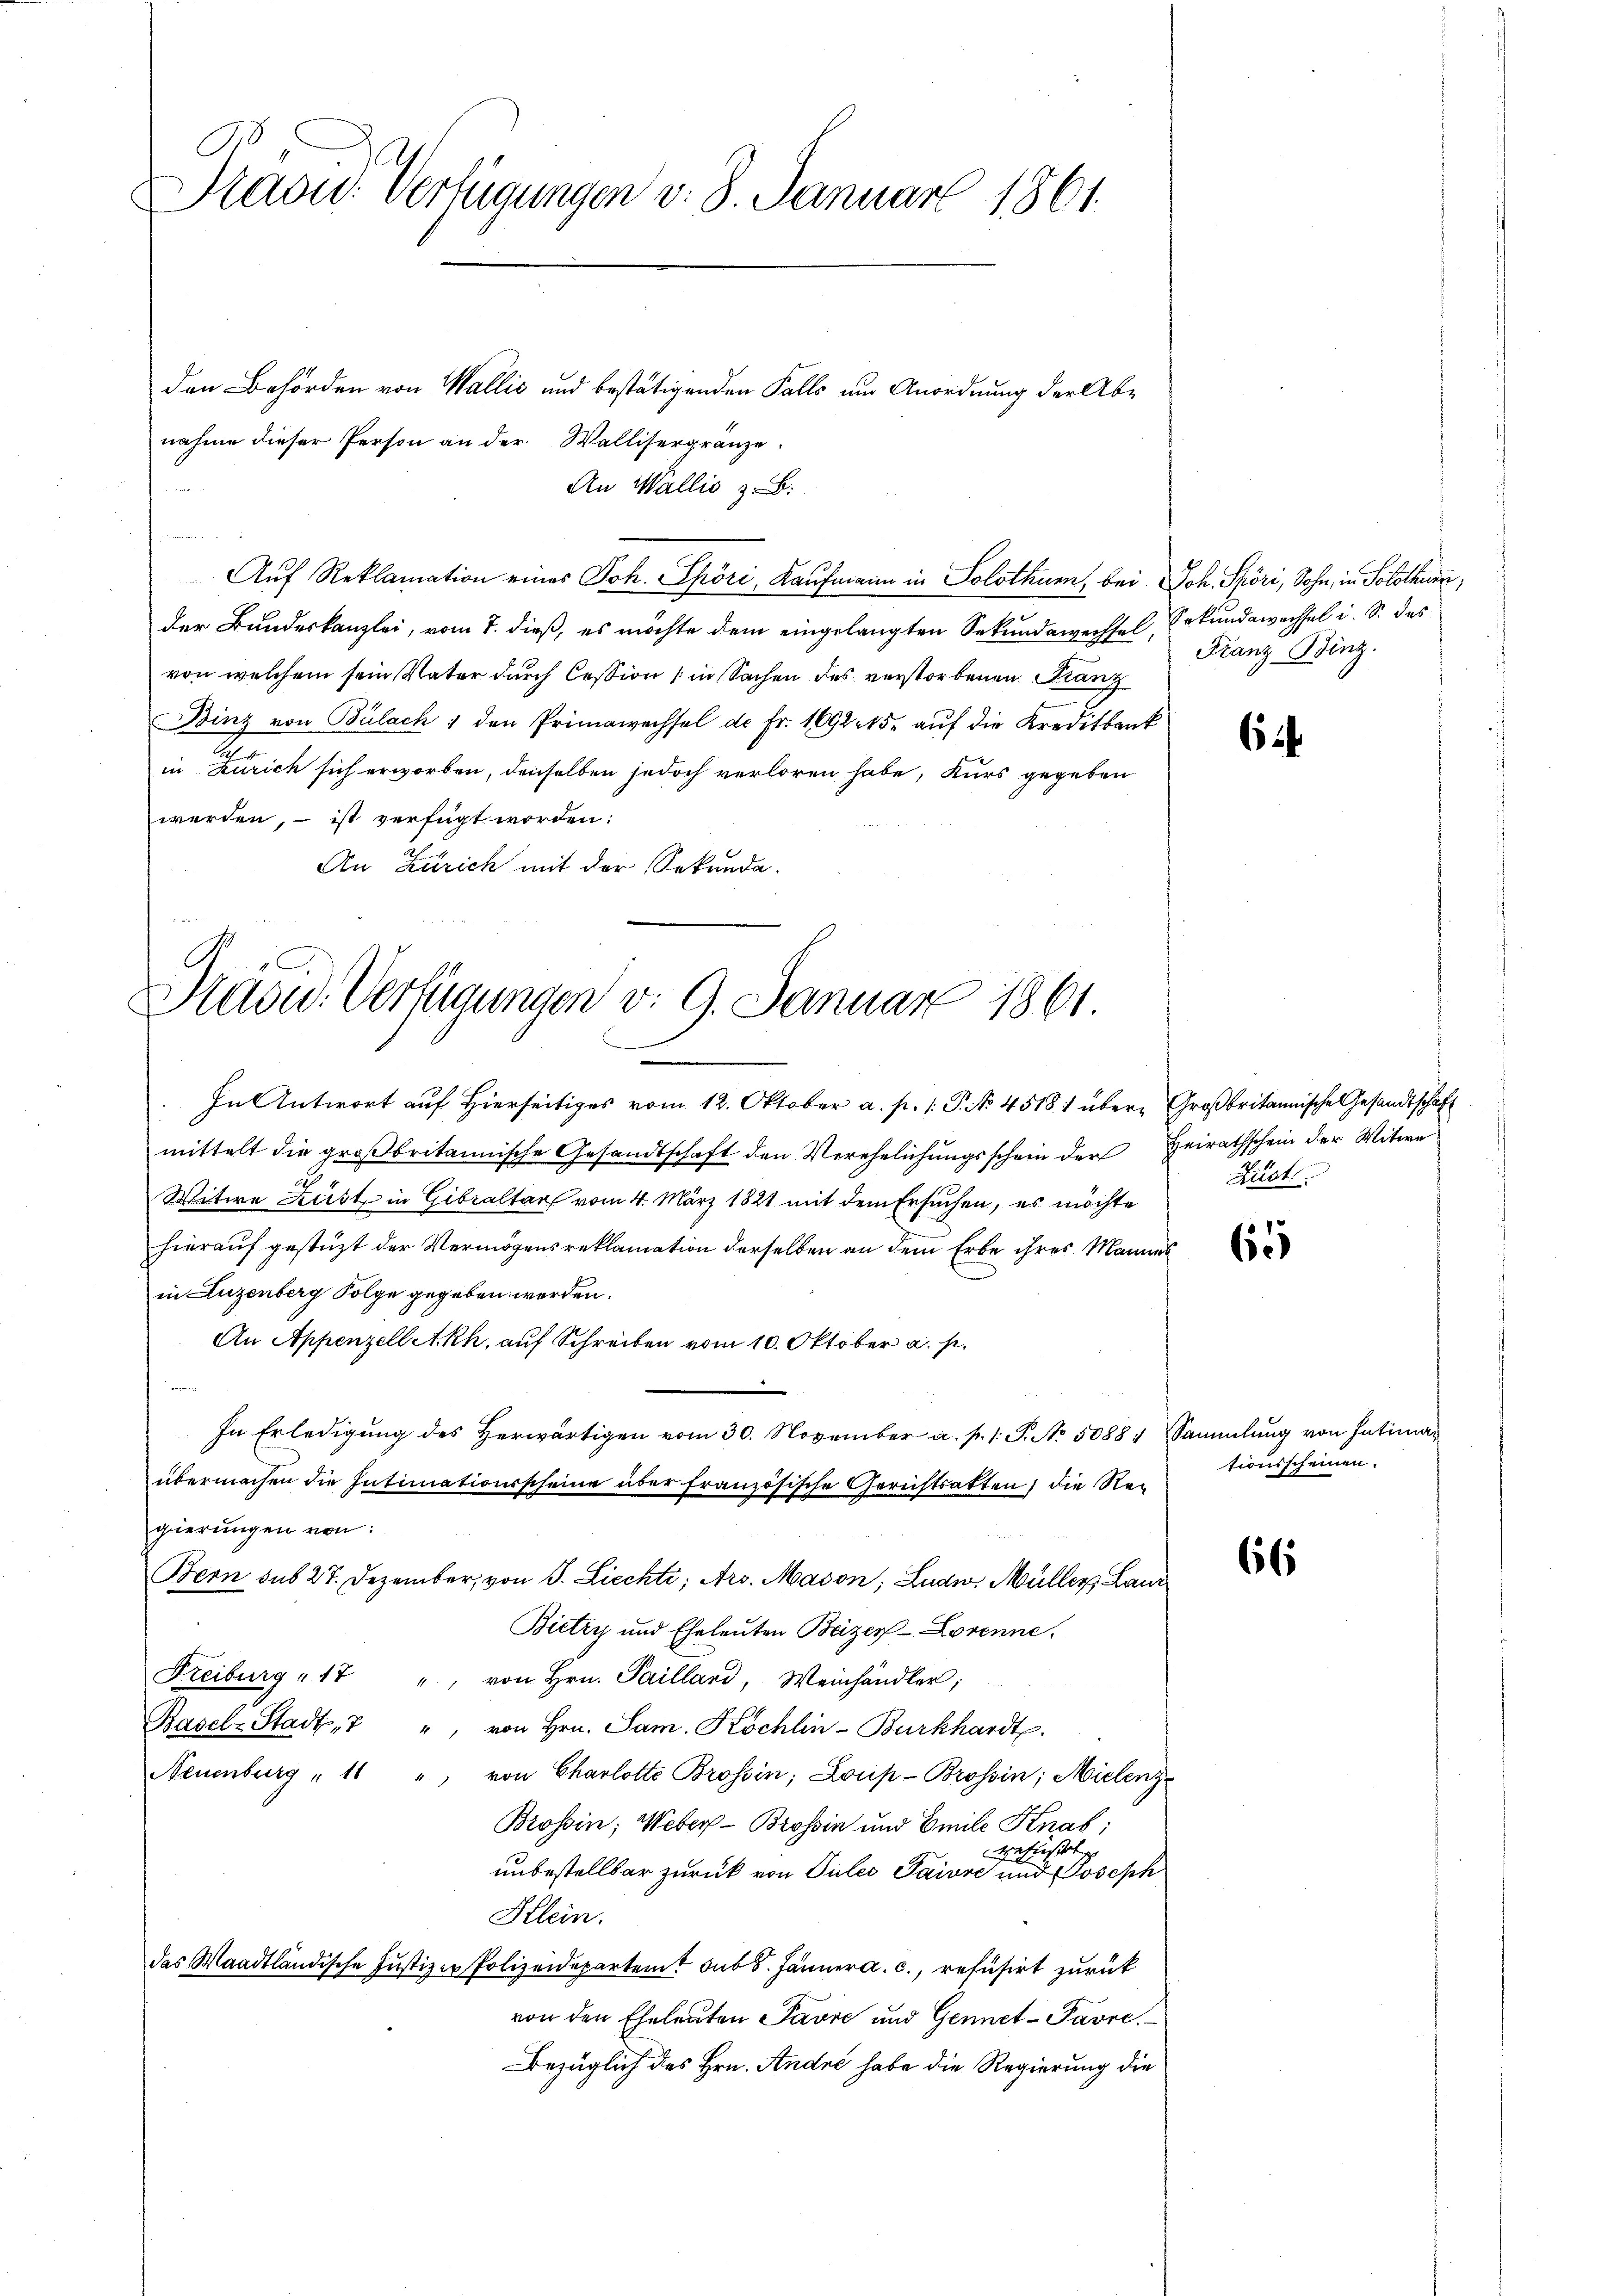
Pravić-Verfügungen v. 3. Januar 1861

den Behörden von Wallis und bestätigenden Falls um Anordnung der Abnahme dieser Person an der Wallisergränze.
An Wallis z. B.
der Bundeskanzlei, vom 7. dieß, es möchte dem eingelangten Sekundawechsel, Erkundewechsel i. S. des
von welchem sein Vater durch Cession (in Sachen des verstorbenen Franz
Binz von Bülach den Primawechsel de Fr. 1692. 15. aŭf die Kreditbank
in Zürich sich erworben, denselben jedoch verloren habe, Kurs gegeben
werden, – ist verfügt worden:
An Zürich mit der Sekunda-
e

C
Präsid. Verfügungen d. 9. Januar 1861.

In Antwort auf Hierseitiges vom 12. Oktober a. p. 1. P. No 45181 über Großbritannische Gesandtschäft
mittelt die großbritannische Gesandtschaft den Verehelichungsschein der Heirathschein der Witwe
Witwe Lust in Gibraltar vom 4. März 1821 mit dem Ersuchen, es möchte
hierauf gestüzt der Vermögensreklamation derselben an dem Erbe ihres Mannes
in Luzenberg Folge gegeben werden.
An Appenzell Akh, auf Schreiben vom 10. Oktober a. p.
In Erledigung des Herwärtigen vom 30. November a. p. 1. P. No 5088: Sammlung von Intiman
übermachen die Intimationsscheine über französische Gerichtsatten, die Regierungen von:
Bern sub 27. Dezember, von S. Liechti; Ars. Mason; Ludw, Müller, Laur
Bietry und Eheleuten Beizer-Lorenne.
Freiburg 17 " von Hrn. Pailland, Weinhändler;
Basel-Stadt, 7 " von Hrn. Sam. Kochlin-Burkhardt.
Neuenburg " 11 " von Charlotte Brossin; Louis-Brossin; Mielenz
Brossin, Weber- Brossin und Emile Knab;
befest
unbestellbar zurück von Pules Paivre und Joseph
Klein.
das Waadtländische Justiz - Polizeidepartent sub 8. Jänner a. c., refusirt zurück
von den Eheleuten Favre und Geniet-Pavre
Bezüglich des Hrn. André habe die Regierung die

Aŭf Reklamation eines Joh. Spöri, Kaufmann in Solothurn, bei Joh. Spöri, Sohn, in Solothurn,

Franz Binz.

6

65

66

Lust.

tionsscheinen.